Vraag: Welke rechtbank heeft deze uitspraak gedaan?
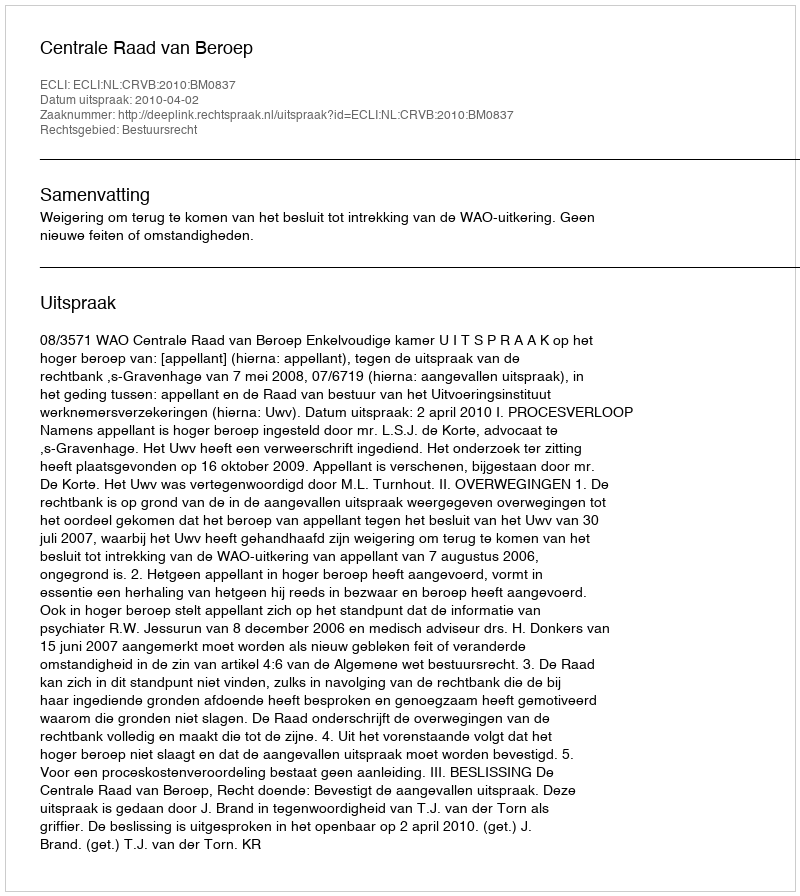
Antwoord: Centrale Raad van Beroep